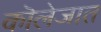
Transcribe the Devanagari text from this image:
कॊलेजात